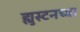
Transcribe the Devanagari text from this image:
ह्युस्टनच्या